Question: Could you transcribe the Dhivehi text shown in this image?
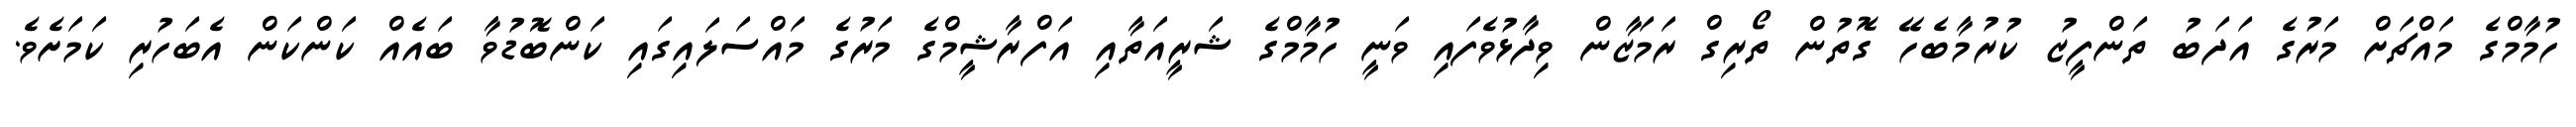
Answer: ހުމާމްގެ މައްޗަށް މަރުގެ އަދަބު ތަންފީޒު ކުރުމާބެހޭ ގޮތުން ތޯރިގް ރަމަޒާން ވިދާޅުވެފައި ވަނީ ހުމާމްގެ ޝަރީއަތާއި އަފްރާޝީމްގެ މަރުގެ މައްސަލައިގައި ކަންބޮޑުވާ ބައެއް ކަންކަން އެބަހުރި ކަމަށެވެ.